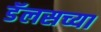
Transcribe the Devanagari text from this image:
डॅलसच्या